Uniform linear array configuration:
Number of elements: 12
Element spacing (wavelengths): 0.5
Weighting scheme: hamming
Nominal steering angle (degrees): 30
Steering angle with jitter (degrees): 31.08
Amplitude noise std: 0.05
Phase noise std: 0.05

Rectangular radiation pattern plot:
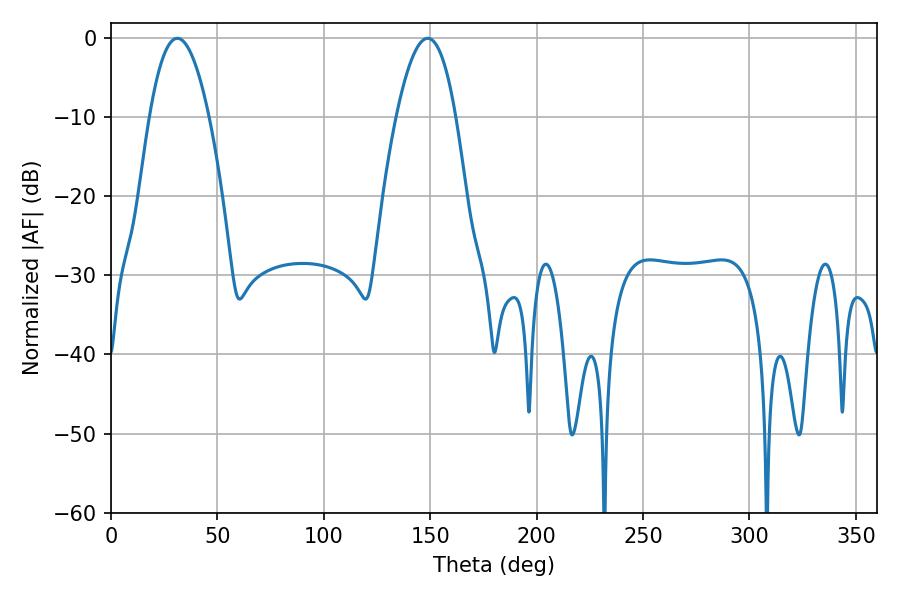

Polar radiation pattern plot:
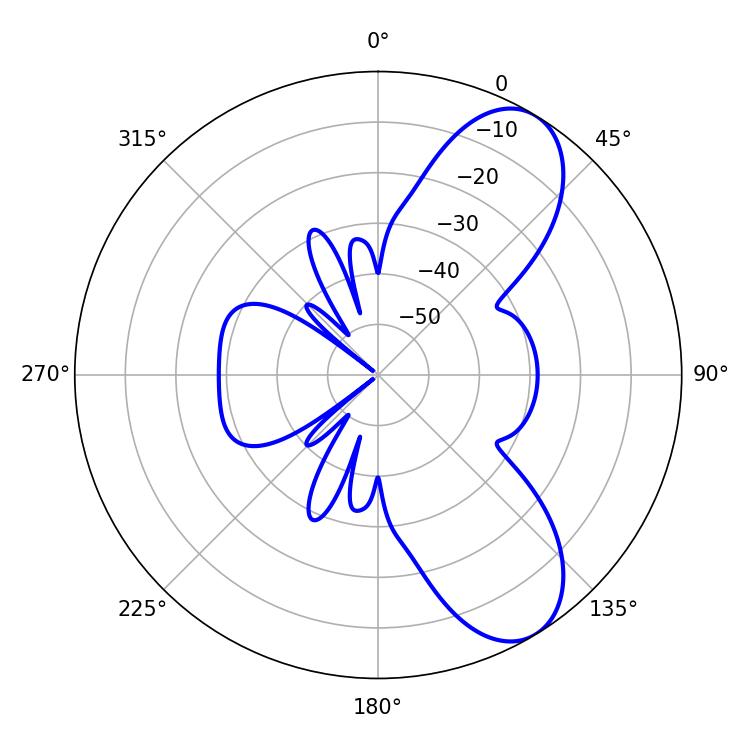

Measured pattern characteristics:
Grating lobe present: FALSE
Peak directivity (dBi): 8.234
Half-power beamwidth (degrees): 15.3
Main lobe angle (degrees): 31.14